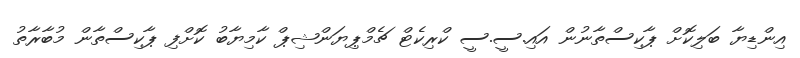
އިންޑިޔާ ބަލިކޮށް ޕާކިސްތާނުން އައި.ސީ.ސީ ކްރިކެޓް ޗެމްޕިޔަންޝިޕް ކާމިޔާބު ކޮށްފި ޕާކިސްތާން މުބާރާތު